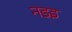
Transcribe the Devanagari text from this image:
नडइ